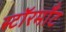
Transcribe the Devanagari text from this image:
स्टॉरमाँट